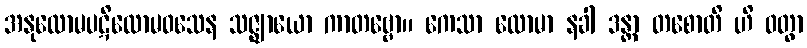
အနုလောမပဋိလောမဝသေန သဇ္ဈာယော ကာတဗ္ဗော။ ကေသာ လောမာ နခါ ဒန္တာ တစောတိ ဟိ ဝတွာ